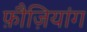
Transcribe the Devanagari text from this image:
फ़ौज़ियांग